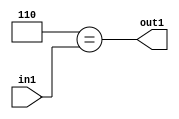
`timescale 1ps / 1ps
/*****************************************************************************
    Verilog RTL Description
    
    
    Created by: Stratus DpOpt 2019.1.01 
*******************************************************************************/

module in_buff_Eqi6u3_1 (
	in1,
	out1
	); /* architecture "behavioural" */ 
input [2:0] in1;
output  out1;
wire  asc001;

assign asc001 = (8'B00000110==in1);

assign out1 = asc001;
endmodule

/* CADENCE  urjwTgg= : u9/ySgnWtBlWxVPRXgAZ4Og= ** DO NOT EDIT THIS LINE ******/